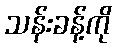
သန်းခန့်ကို